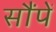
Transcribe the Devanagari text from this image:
सौंपें